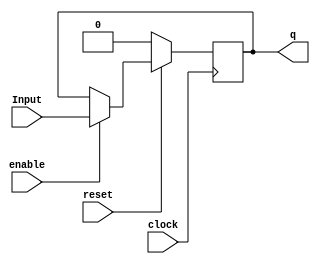
////////////////////////////////////////////////////////////////////////////////////////////////////
//
// Interessengruppe fuer Mikroelektronik und Eingebettete Systeme (IMES)
// Fachhochschule Dortmund
//
// Tool         : Mentor Graphics HDL Designer(TM) 2015.1b (Build 4)
// Description  : RSHIFT_CELL
// Commentary   : Fr optimierte Synthese: Ein einfaches Register, synchroner
//                reset (act. low) und taktabhngigem input (pos. edge)
//                Changed portname input (VHDL) to Input (keyword). 
//
// Changelog:
// -------------------------------------------------------------------------------------------------
// Version | Author             | Date       | Changes
// -------------------------------------------------------------------------------------------------
// 0.9     | Leduc              | 08.07.2019 | created
// -------------------------------------------------------------------------------------------------
//
////////////////////////////////////////////////////////////////////////////////////////////////////

//`resetall
//`timescale 1ns/10ps
//`default_nettype none

module rshift_cell2(
	  input  wire enable,
    input  wire clock,
    input  wire reset,
    input  wire Input,
    output wire q
);

//tmrg default triplicate
//tmrg tmr_error false

reg q_i;

//triplication signals
wire q_iVoted = q_i;
assign q = q_iVoted;

always@(posedge clock)    // rising clock edge
begin   
  if (reset == 1'b0)      // synchronous reset (active low)
        q_i <= 1'b0;
  else
	if (enable == 1'b1) 
	    begin
      q_i <= Input;
      end
      else
      q_i <= q_iVoted;
end

endmodule